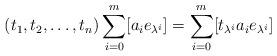
LaTeX: \begin{align*}(t_1, t_2, \dots, t_n) \sum_{i=0}^m [a_{i}e_{\lambda^i}]=\sum_{i=0}^m [t_{\lambda^i} a_{i} e_{\lambda^i}]\end{align*}